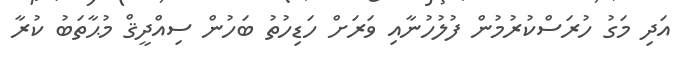
އަދި މަގު ހުރަސްކުރުމުން ފުލުހުނާއި ވަރަށް ހަޑިހުތު ބަހުން ސިއްދީޤް މުޙާތަބު ކުރާ